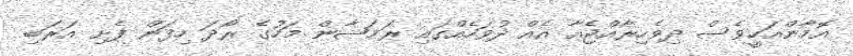
އޮމާންއަކީވެސް ދިވެހިރާއްޖެއާ އެއް ދުވަހެއްގައި ރަމަޟާން މަހުގެ ރޯދަ ހިފަން ފެށި އަރަބި